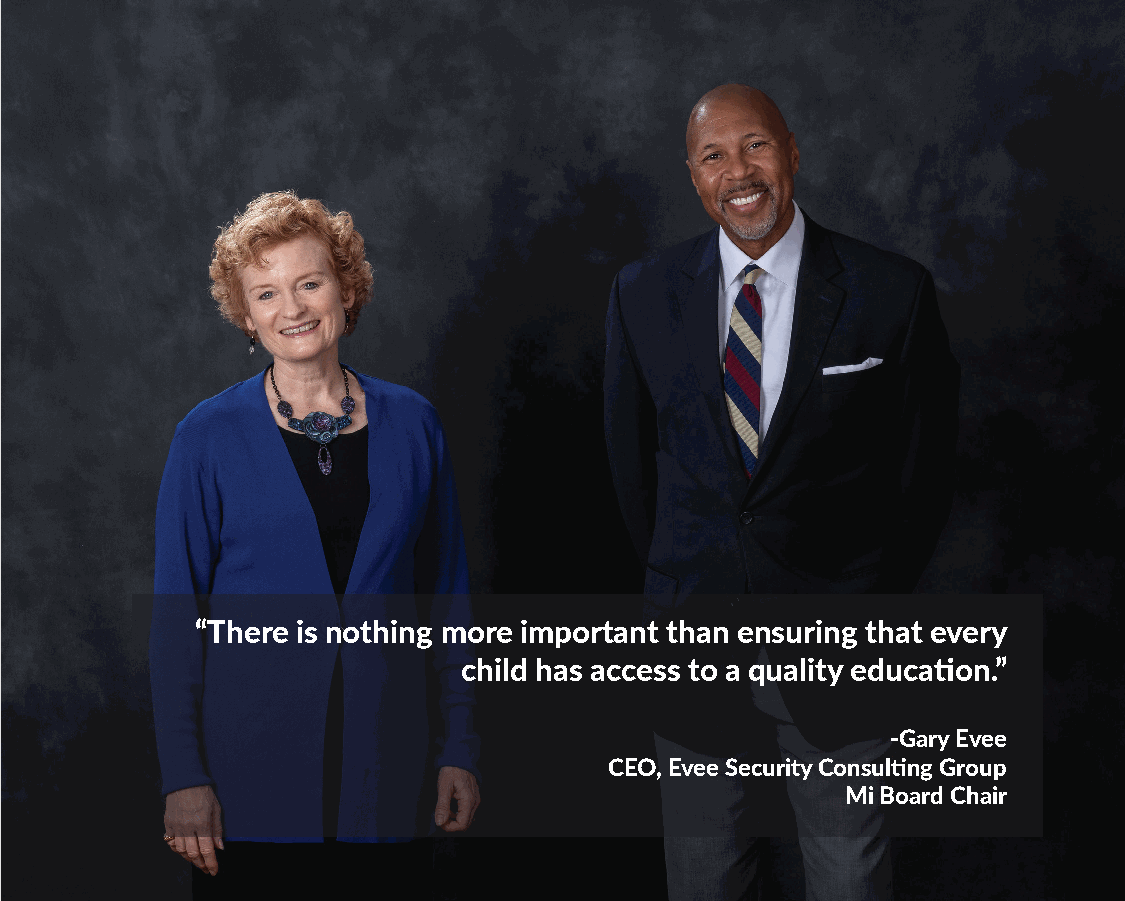
“There is nothing more important than ensuring that every
 child has access to a quality education.”
 -Gary Evee
 CEO, Evee Security Consulting Group
 Mi Board Chair